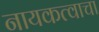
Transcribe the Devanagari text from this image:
नायकत्वाचा